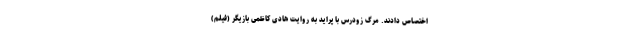
اختصاص دادند. مرگ زودرس با پراید به روایت هادی کاظمی بازیگر (فیلم)